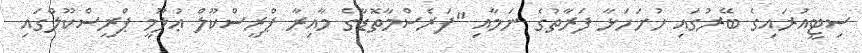
ސިޓީއުރައިގެ ބޭރުގައި ހުށަހަޅާ ފަރާތުގެ ނަމާއި "ފަރެސްމާތޮޑާގެ މާއިރާ ޕްރީސްކޫލް ޢުލޫމީ ޕްރީސްކޫލްގައި